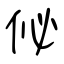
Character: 佖